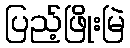
ပြည့်ဖြိုးမြဲ